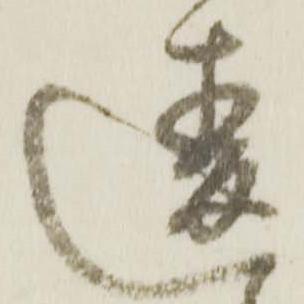
違